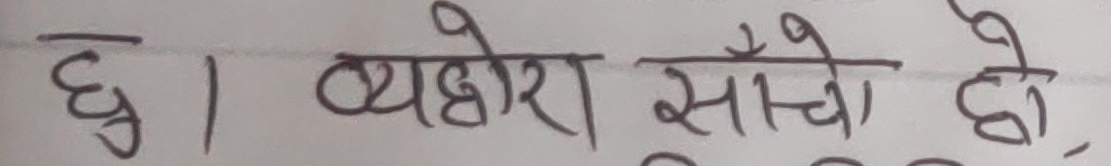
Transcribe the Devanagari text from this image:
छु। व्यहोरा साँचो हो ।